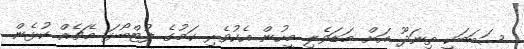
ސަބަބަކީ ތިނަދޫ އަށް މަޑަވެލި މީހުން އެކުވެރި ކަމުގެ ފުޓްބޯޅަ މެޗެއް ކުޅެން